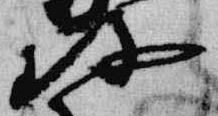
珍